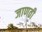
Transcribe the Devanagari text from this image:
जाणती